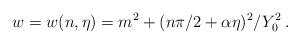
LaTeX: \begin{align*}w = w(n,\eta) = m^2 + (n\pi/2 + \alpha\eta)^2/Y_0^2 \,.\end{align*}